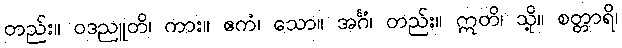
တည်း။ ဝဒညူတိ၊ ကား။ ဧကံ၊ သော။ အင်္ဂံ၊ တည်း။ ဣတိ၊ သို့။ စတ္တာရိ၊